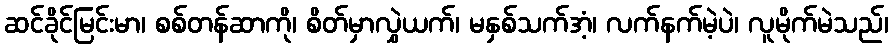
ဆင်ခိုင်မြင်းမာ၊ စစ်တန်ဆာကို၊ စိတ်မှာလွှဲယက်၊ မနှစ်သက်အံ့၊ လက်နက်မဲ့ပဲ၊ လူမိုက်မဲသည်၊